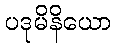
ပဒုမိနိယော